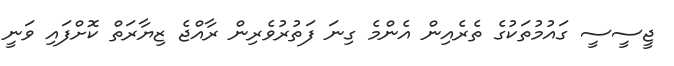
ޖީސީސީ ގައުމުތަކުގެ ތެރެއިން އެންމެ ގިނަ ފަތުރުވެރިން ރާއްޖެ ޒިޔާރަތް ކޮށްފައި ވަނީ